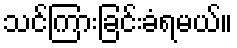
သင်ကြားခြင်းခံရမယ်။